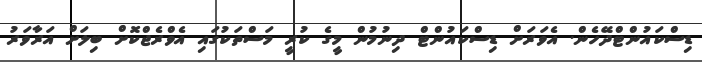
ޑިސްކައުންޓްދޭހެން. އެވަރަށް ޑިސްކައުންޓް ދިނުމުން މީގެ ކުރީ މަސްތަކުގައި އެވްރެޖްކޮށް ބިލަށް އަރާވަރު